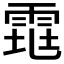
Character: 𱁕